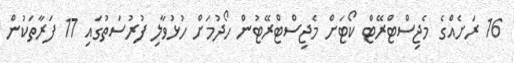
16 ރަށެއްގެ މެޖިސްޓްރޭޓް ކޯޓަށް މެޖިސްޓްރޭޓުން ހޯދުމަށް ހުޅުވާލި ފުރުސަތުގައި 17 ފަރާތަކުން